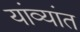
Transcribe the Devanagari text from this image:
यांव्यांत